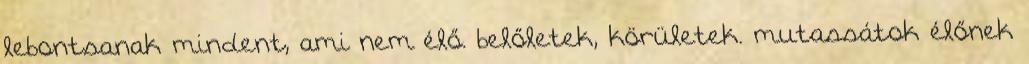
lebontsanak mindent, ami nem élő. belőletek, körületek. mutassátok élőnek